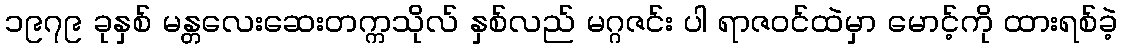
၁၉၇၉ ခုနှစ် မန္တလေးဆေးတက္ကသိုလ် နှစ်လည် မဂ္ဂဇင်း ပါ ရာဇဝင်ထဲမှာ မောင့်ကို ထားရစ်ခဲ့